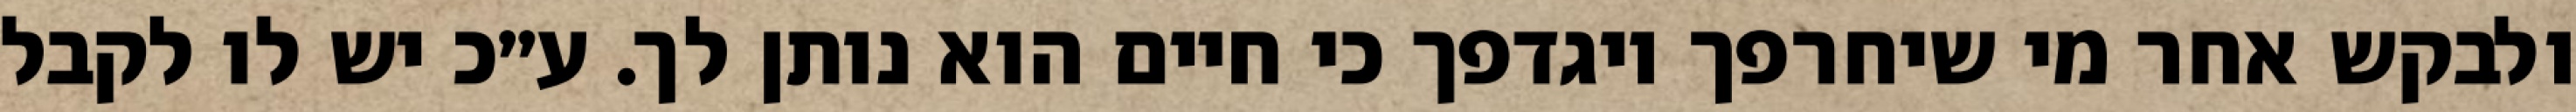
ולבקש אחר מי שיחרפך ויגדפך כי חיים הוא נותן לך. ע״כ יש לו לקבל